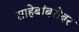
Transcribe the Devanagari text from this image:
साहेबांबरोबर